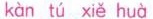
kàn tú xiě huà